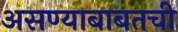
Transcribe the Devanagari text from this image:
असण्याबाबतची